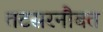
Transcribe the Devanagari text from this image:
तटसरनौबत